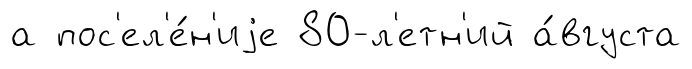
а пос'ел'е́н'иjе 80-л'етн'ий а́вгуста